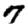
Digit: 7